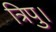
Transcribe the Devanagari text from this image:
त्रिपु।